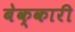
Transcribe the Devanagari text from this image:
बेक्कारी